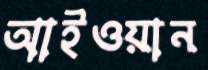
আইওয়ান